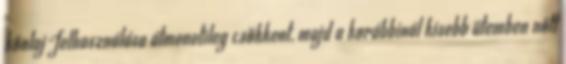
kőolaj-felhasználása átmenetileg csökkent, majd a korábbinál kisebb ütemben nőtt